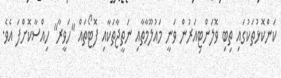
ކަންކޮޅުތަކުގައި ތިބި ވޮލަންޓިއަރުން ވަނީ މައުލޫމާތާއި ނަތީޖާތަކާއި ފޮޓޯތައް "ހަވީރާ" ހިއްސާކޮށްފަ އެވެ.